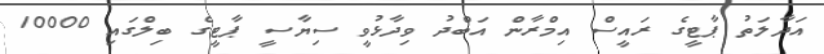
އަދާލަތު ޕާޓީގެ ރައީސް އިމްރާން އަބްދު ވިދާޅުވީ ސިޔާސީ ޕާޓީގެ ބިލްގައި 10000